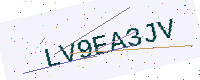
Text: LV9EA3JV